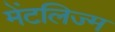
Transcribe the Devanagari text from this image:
मेंटलिज्म